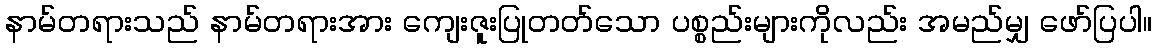
နာမ်တရားသည် နာမ်တရားအား ကျေးဇူးပြုတတ်သော ပစ္စည်းများကိုလည်း အမည်မျှ ဖော်ပြပါ။